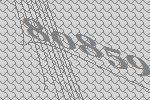
80859